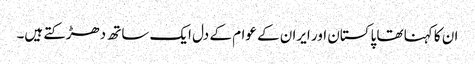
ان کا کہنا تھا پاکستان اور ایران کے عوام کے دل ایک ساتھ دھڑکتے ہیں۔